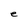
Character: e